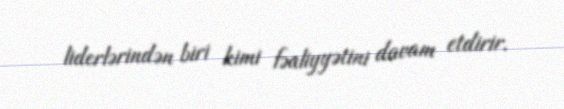
liderlərindən biri kimi fəaliyyətini davam etdirir.